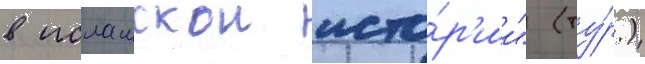
в исламскои исто́р'ии" (ту́р.)